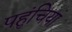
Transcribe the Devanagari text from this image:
पहुंचियां